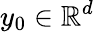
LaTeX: y_{0}\in\mathbb{R}^{d}